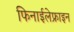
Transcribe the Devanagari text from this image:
फिनाईलेफ्राइन